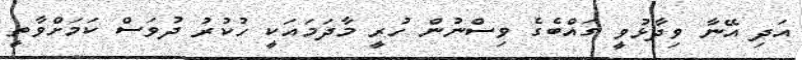
އަދި އޭނާ ވިދާޅުވީ ގައްބެގެ ވިސްނުން ހުރީ މާދަމައަކީ ހުކުރު ދުވަސް ކަމަށްވާތީ